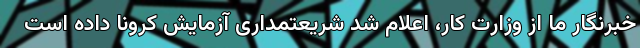
خبرنگار ما از وزارت کار، اعلام شد شریعتمداری آزمایش کرونا داده است